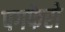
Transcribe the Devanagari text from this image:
पगफेरो